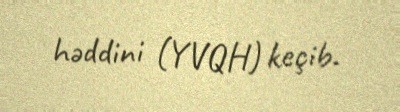
həddini (YVQH) keçib.